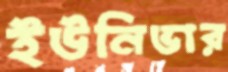
ইউনিভার